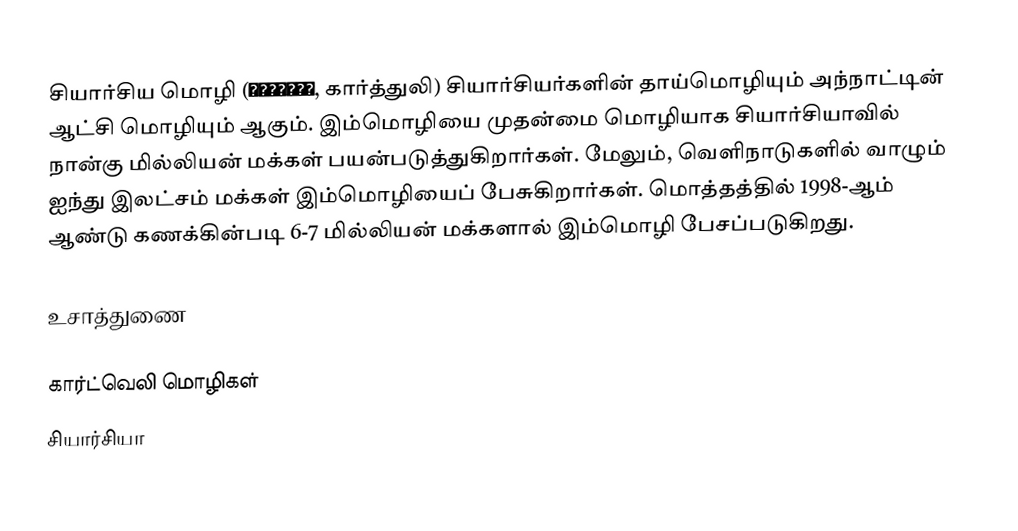
சியார்சிய மொழி (ქართული, கார்த்துலி) சியார்சியர்களின் தாய்மொழியும் அந்நாட்டின் ஆட்சி மொழியும் ஆகும். இம்மொழியை முதன்மை மொழியாக சியார்சியாவில் நான்கு மில்லியன் மக்கள் பயன்படுத்துகிறார்கள். மேலும், வெளிநாடுகளில் வாழும் ஐந்து இலட்சம் மக்கள் இம்மொழியைப் பேசுகிறார்கள். மொத்தத்தில் 1998-ஆம் ஆண்டு கணக்கின்படி 6-7 மில்லியன் மக்களால் இம்மொழி பேசப்படுகிறது.

உசாத்துணை

கார்ட்வெலி மொழிகள்
சியார்சியா